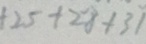
+ 2 5 + 2 8 + 3 1